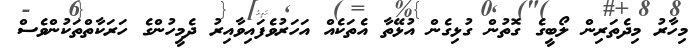
މިހާރު މިދެތަރިން ލޯބީގެ ގޮތުން ގުޅިގެން އުޅޭތާ އެތަކެއް އަހަރުވެފައިވާއިރު ދެމީހުންގެ ހަރަކާތްތަކުންވެސް